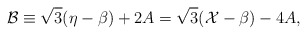
\begin{align*}\mathcal{B}\equiv\sqrt{3}(\eta-\beta)+2A=\sqrt{3}(\mathcal{X}-\beta)-4A,\end{align*}